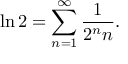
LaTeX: \ln 2 = \sum _ { n = 1 } ^ { \infty } { \frac { 1 } { 2 ^ { n } n } } .